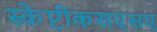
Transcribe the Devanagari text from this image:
स्केप्टीकसएसए